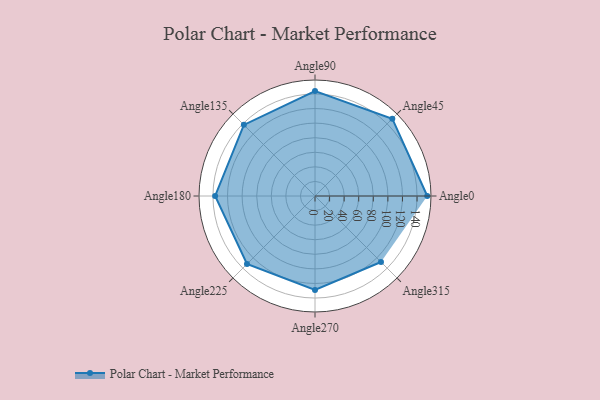
{"axis": {"x": "Angle", "y": "Radius"}, "legend": [""], "data": [{"x": "Angle0", "y": 154.0, "type": ""}, {"x": "Angle45", "y": 150.0, "type": ""}, {"x": "Angle90", "y": 144.0, "type": ""}, {"x": "Angle135", "y": 138.0, "type": ""}, {"x": "Angle180", "y": 137.0, "type": ""}, {"x": "Angle225", "y": 132.0, "type": ""}, {"x": "Angle270", "y": 129.0, "type": ""}, {"x": "Angle315", "y": 128.0, "type": ""}]}